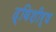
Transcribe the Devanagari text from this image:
द्विशीर्ष